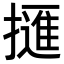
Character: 𢶘